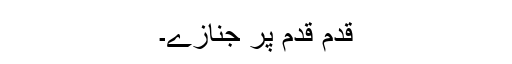
قدم قدم پر جنازے۔